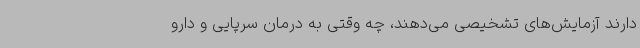
دارند آزمایش‌های تشخیصی می‌دهند،‌ چه وقتی به درمان سرپایی و دارو